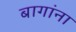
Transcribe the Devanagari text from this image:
बागांना